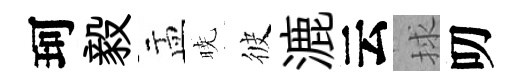
珂毅盂暁彼漉云捄叨